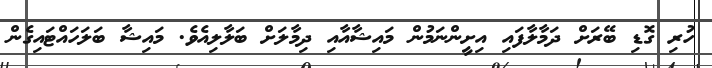
ހުރި ގޮޑި ބޭރަށް ދަމާލާފައި އިށީންނަމުން މައިޝާއާއި ދިމާލަށް ބަލާލިއެވެ. މައިޝާ ބަލަހައްޓައިގެން